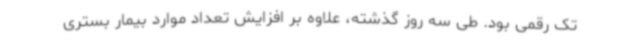
تک رقمی بود. طی سه روز گذشته، علاوه بر افزایش تعداد موارد بیمار بستری